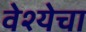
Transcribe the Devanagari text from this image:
वेश्येचा